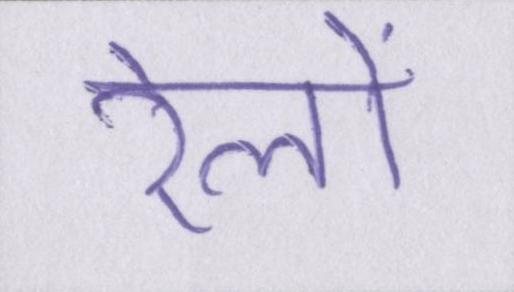
रेलों